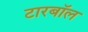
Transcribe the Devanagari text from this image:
टारबॉल